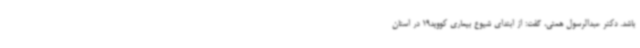
باشد. دکتر عبدالرسول همتی، گفت: از ابتدای شیوع بیماری کووید19 در استان